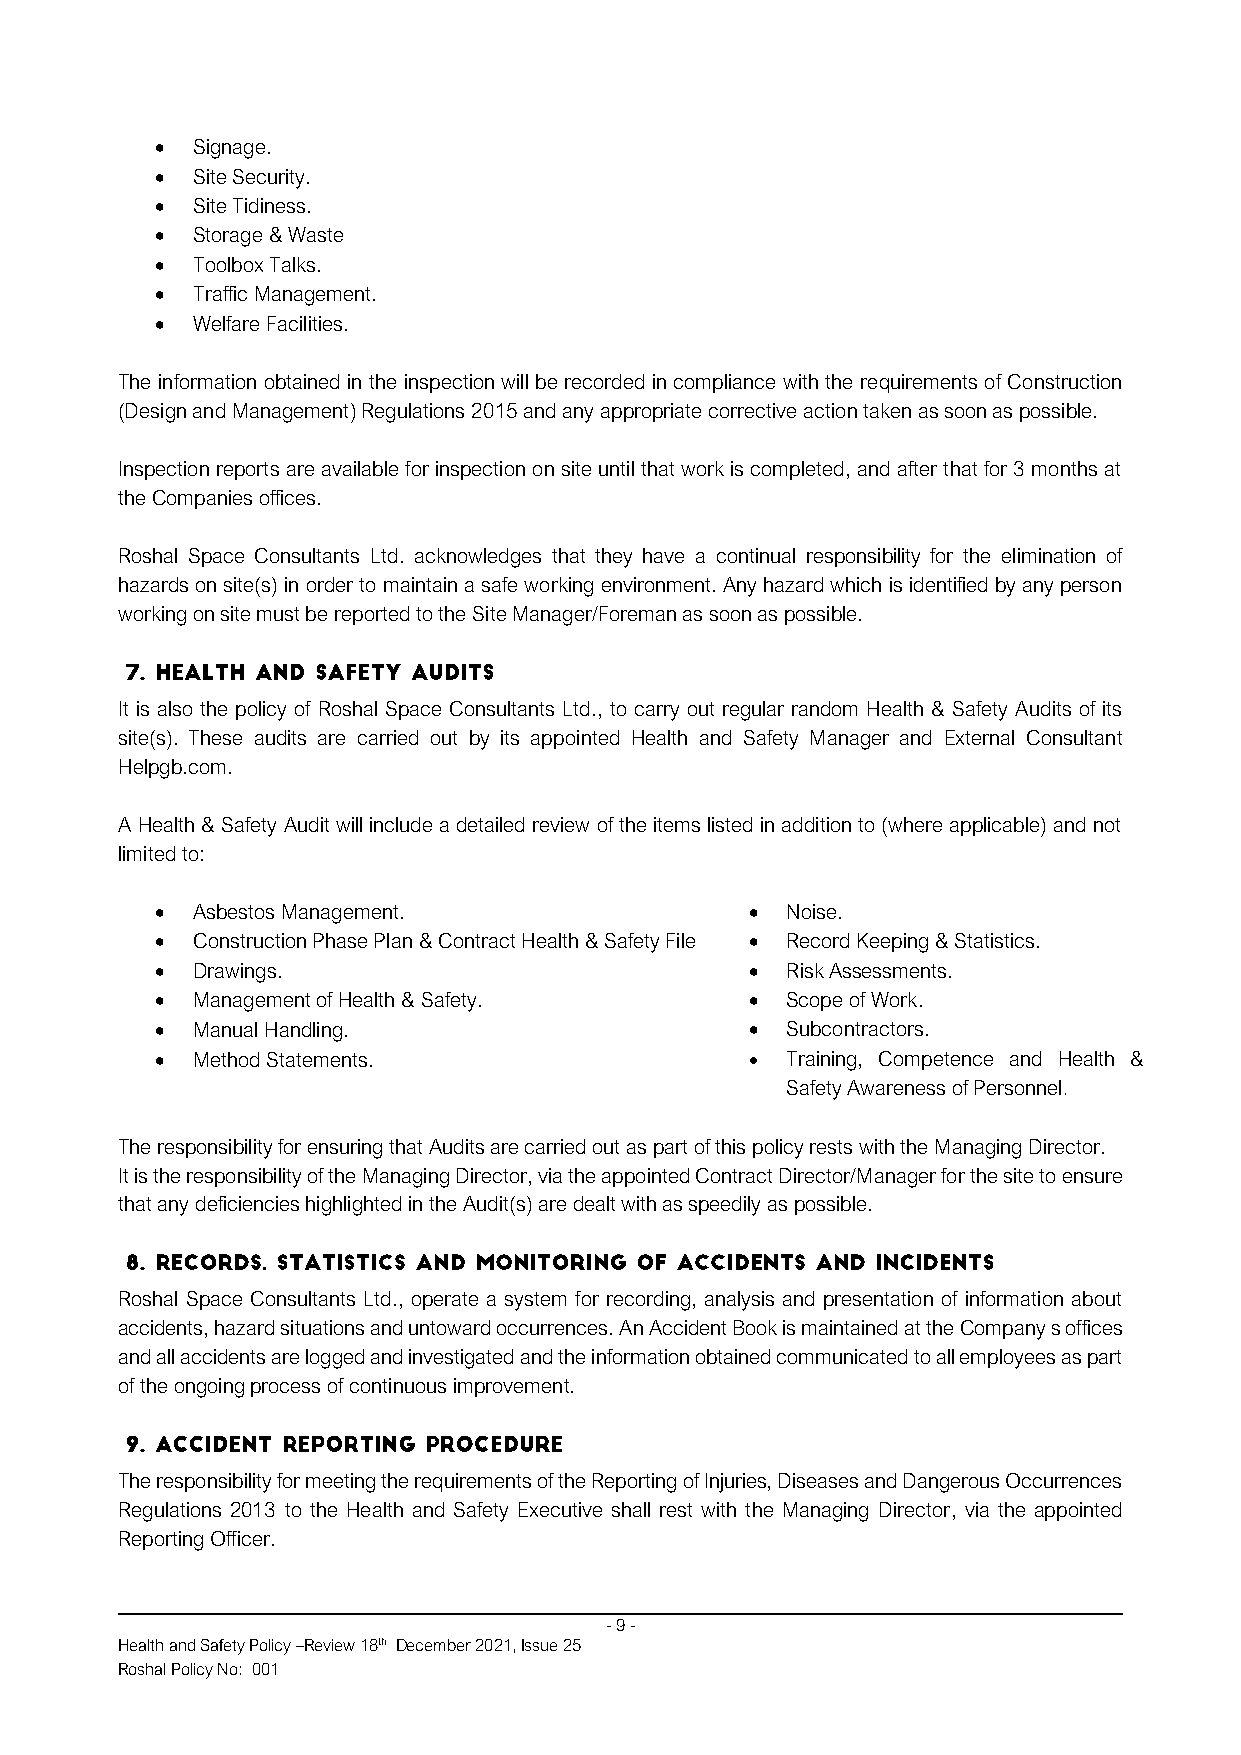
•  Signage.
 •  Site Security.
 •  Site Tidiness.
 •  Storage & Waste
 •  Toolbox Talks.
 •  Traffic Management.
 •  Welfare Facilities.
 The information obtained in the inspection will be recorded in compliance with the requirements of Construction
 (Design and Management) Regulations 2015 and any appropriate corrective action taken as soon as possible.
 Inspection reports are available for inspection on site until that work is completed, and after that for 3 months at
 the Companies offices.
 Roshal Space Consultants Ltd. acknowledges that they have a continual responsibility for the elimination of
 hazards on site(s) in order to maintain a safe working environment. Any hazard which is identified by any person
 working on site must be reported to the Site Manager/Foreman as soon as possible.
 It is also the policy of Roshal Space Consultants Ltd., to carry out regular random Health & Safety Audits of its
 site(s). These audits are carried out by its appointed Health and Safety Manager and External Consultant
 Helpgb.com.
 A Health & Safety Audit will include a detailed review of the items listed in addition to (where applicable) and not
 limited to:
 •  Asbestos Management.                 • Noise.
 •  Construction Phase Plan & Contract Health & Safety File. • Record Keeping & Statistics.
 •  Drawings.                            • Risk Assessments.
 •  Management of Health & Safety.       • Scope of Work.
 •  Manual Handling.                     • Subcontractors.
 •  Method Statements.                   • Training, Competence and Health &
 Safety Awareness of Personnel.
 The responsibility for ensuring that Audits are carried out as part of this policy rests with the Managing Director.
 It is the responsibility of the Managing Director, via the appointed Contract Director/Manager for the site to ensure
 that any deficiencies highlighted in the Audit(s) are dealt with as speedily as possible.
 Roshal Space Consultants Ltd., operate a system for recording, analysis and presentation of information about
 accidents, hazard situations and untoward occurrences. An Accident Book is maintained at the Company s offices
 and all accidents are logged and investigated and the information obtained communicated to all employees as part
 of the ongoing process of continuous improvement.
 The responsibility for meeting the requirements of the Reporting of Injuries, Diseases and Dangerous Occurrences
 Regulations 2013 to the Health and Safety Executive shall rest with the Managing Director, via the appointed
 Reporting Officer.
 - 9 -
 Health and Safety Policy –Review 18th December 2021, Issue 25
 Roshal Policy No: 001